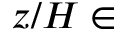
z / H \in